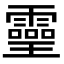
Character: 𤫊